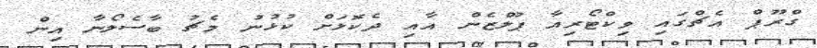
ގްރޫޕް އެޗްގައި ވިކްޓޯރިއާ ޕުލްޒެން އާއި ދެކޮޅަށް ކުޅުނު މެޗު ބާސެލޯނާ އިން